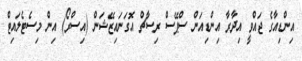
އިންޑިއާގެ ޖައްވީ އިދާރާ އިންޑިއަން ސްޕޭސް ރިސާޗް އޮގަނައިޒޭޝަން (އިސްރޯ) އިން މިސެޓެލައިޓް